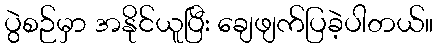
ပွဲစဉ်မှာ အနိုင်ယူပြီး ချေဖျက်ပြခဲ့ပါတယ်။